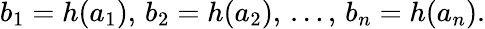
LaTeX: b_{1}=h(a_{1}),\, b_{2}=h(a_{2}),\, \dots,\, b_{n}=h(a_{n}).